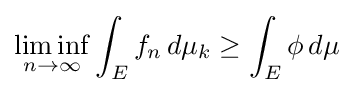
\liminf _{n\rightarrow \infty }\int _{E}f_{n}\,d\mu _{k}\geq \int _{E}\phi \,d\mu